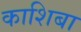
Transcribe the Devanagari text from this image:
काशिबा